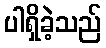
ပါရှိခဲ့သည်